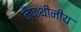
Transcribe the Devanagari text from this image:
नैफ्थीनीय